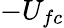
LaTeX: -U_{fc}